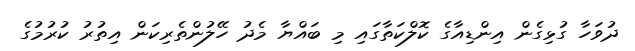
ދުވަހާ ގުޅިގެން އިންޑިއާގެ ކޮލްކަތާގައި މި ބައްޔާ މެދު ހޭލުންތެރިކަން އިތުރު ކުރުމުގެ